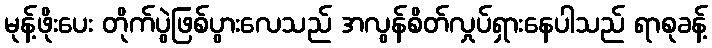
မုန့်ဖိုးပေး တိုက်ပွဲဖြစ်ပွားလေသည် အလွန်စိတ်လှုပ်ရှားနေပါသည် ရာစုခန့်